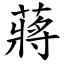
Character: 蔣